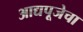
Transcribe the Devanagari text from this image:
आद्यपूजेचा